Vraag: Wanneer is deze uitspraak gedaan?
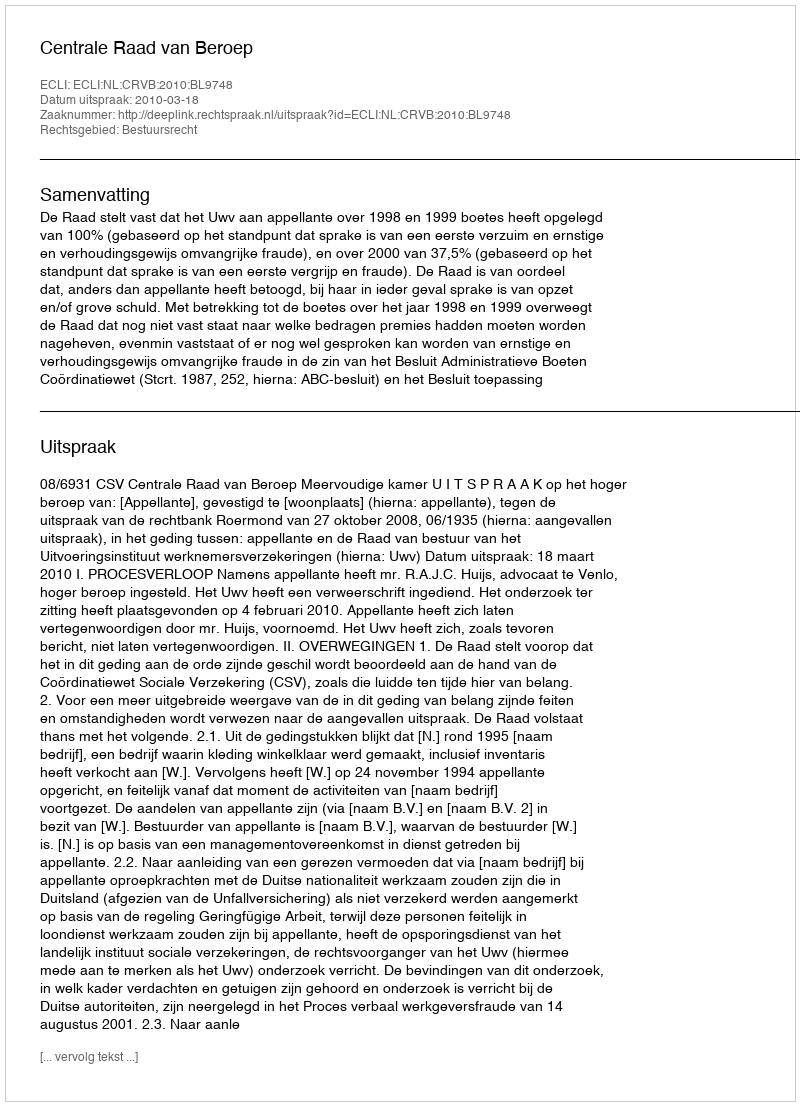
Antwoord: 2010-03-18